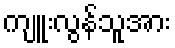
ကျူးလွန်သူအား